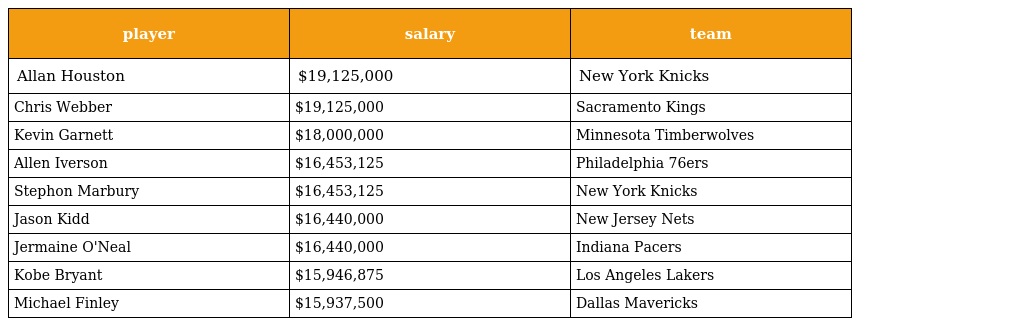
| player | salary | team |
 | --- | --- | --- |
 | Allan Houston | $19,125,000 | New York Knicks |
 | Chris Webber | $19,125,000 | Sacramento Kings |
 | Kevin Garnett | $18,000,000 | Minnesota Timberwolves |
 | Allen Iverson | $16,453,125 | Philadelphia 76ers |
 | Stephon Marbury | $16,453,125 | New York Knicks |
 | Jason Kidd | $16,440,000 | New Jersey Nets |
 | Jermaine O'Neal | $16,440,000 | Indiana Pacers |
 | Kobe Bryant | $15,946,875 | Los Angeles Lakers |
 | Michael Finley | $15,937,500 | Dallas Mavericks |